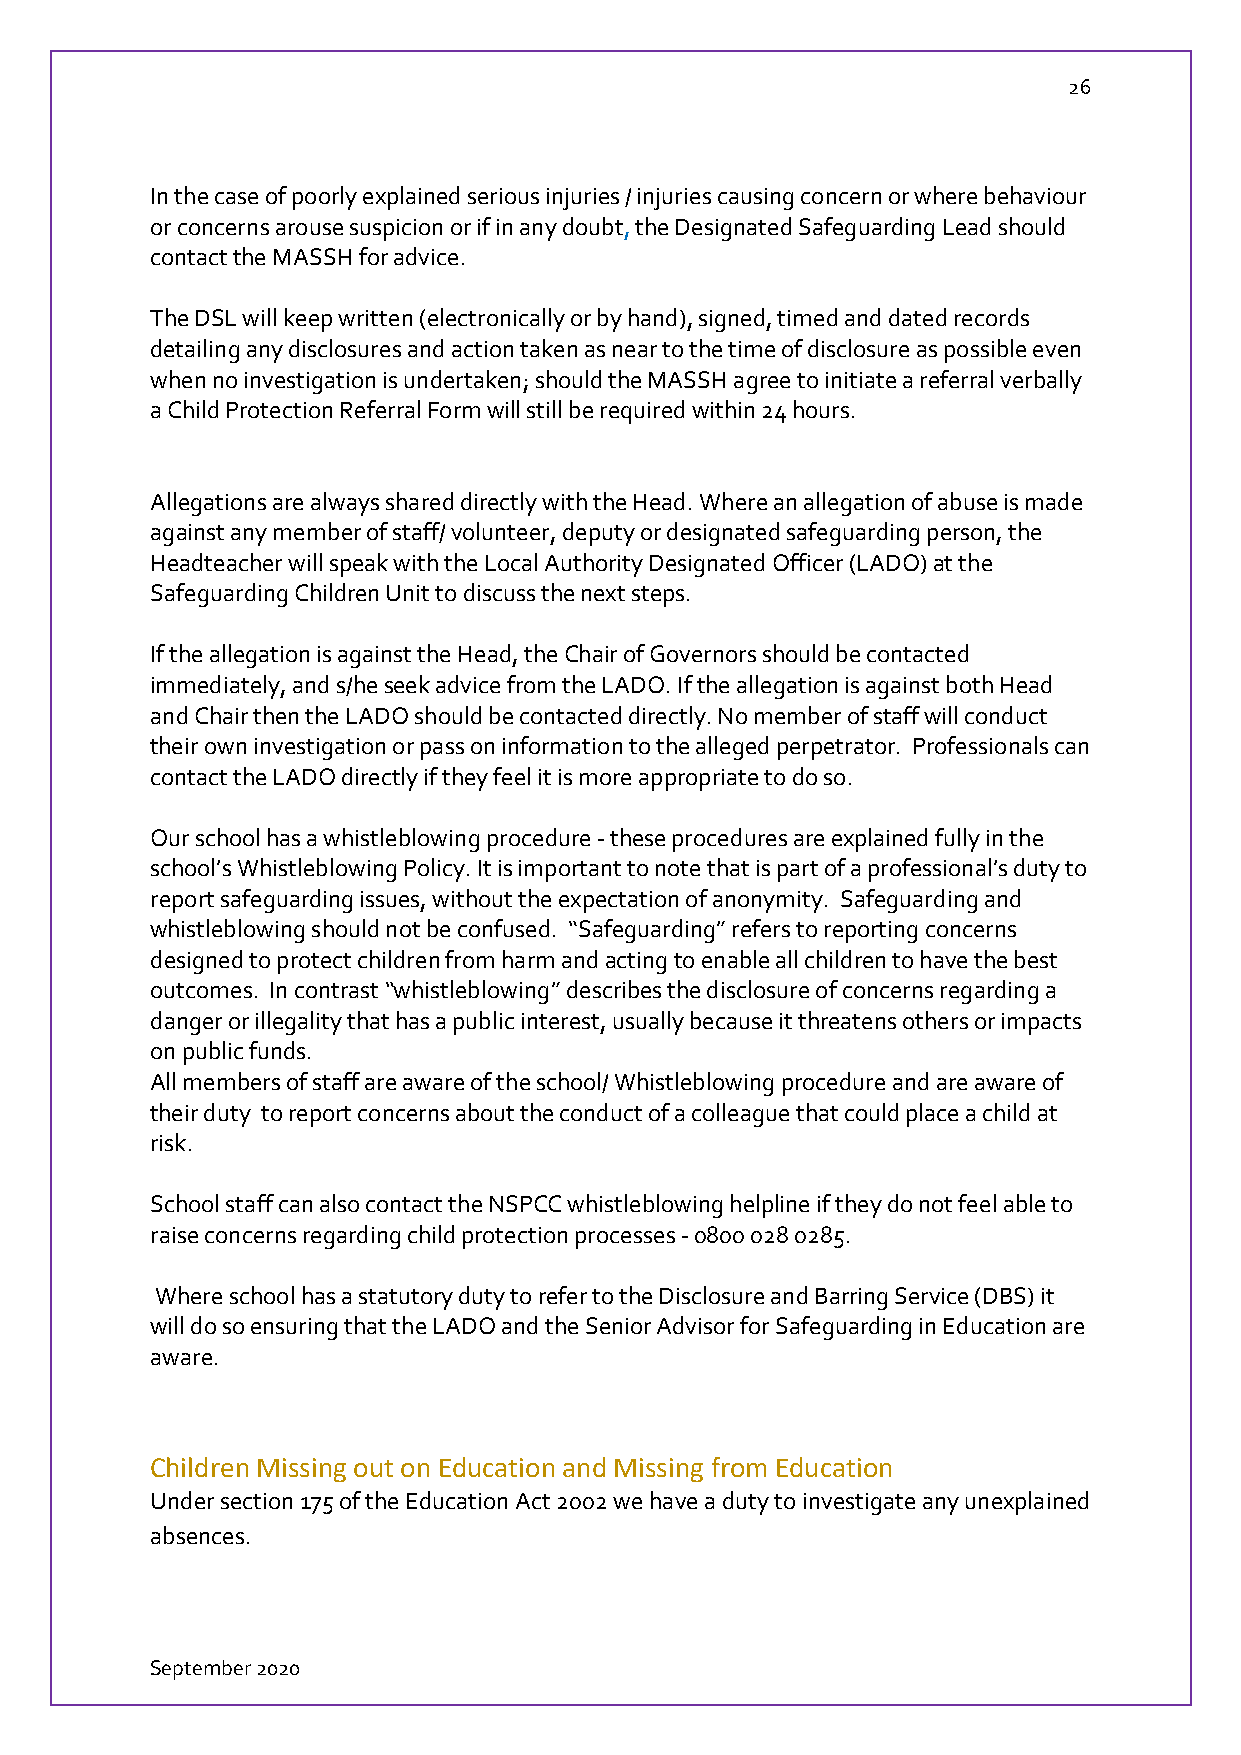
26
 In the case of poorly explained serious injuries / injuries causing concern or where behaviour
 or concerns arouse suspicion or if in any doubt, the Designated Safeguarding Lead should
 contact the MASSH for advice.
 The DSL will keep written (electronically or by hand), signed, timed and dated records
 detailing any disclosures and action taken as near to the time of disclosure as possible even
 when no investigation is undertaken; should the MASSH agree to initiate a referral verbally
 a Child Protection Referral Form will still be required within 24 hours.
 Allegations are always shared directly with the Head. Where an allegation of abuse is made
 against any member of staff/ volunteer, deputy or designated safeguarding person, the
 Headteacher will speak with the Local Authority Designated Officer (LADO) at the
 Safeguarding Children Unit to discuss the next steps.
 If the allegation is against the Head, the Chair of Governors should be contacted
 immediately, and s/he seek advice from the LADO. If the allegation is against both Head
 and Chair then the LADO should be contacted directly. No member of staff will conduct
 their own investigation or pass on information to the alleged perpetrator. Professionals can
 contact the LADO directly if they feel it is more appropriate to do so.
 Our school has a whistleblowing procedure - these procedures are explained fully in the
 school’s Whistleblowing Policy. It is important to note that is part of a professional’s duty to
 report safeguarding issues, without the expectation of anonymity. Safeguarding and
 whistleblowing should not be confused. “Safeguarding” refers to reporting concerns
 designed to protect children from harm and acting to enable all children to have the best
 outcomes. In contrast “whistleblowing” describes the disclosure of concerns regarding a
 danger or illegality that has a public interest, usually because it threatens others or impacts
 on public funds.
 All members of staff are aware of the school/ Whistleblowing procedure and are aware of
 their duty to report concerns about the conduct of a colleague that could place a child at
 risk.
 School staff can also contact the NSPCC whistleblowing helpline if they do not feel able to
 raise concerns regarding child protection processes - 0800 028 0285.
 Where school has a statutory duty to refer to the Disclosure and Barring Service (DBS) it
 will do so ensuring that the LADO and the Senior Advisor for Safeguarding in Education are
 aware.
 Children Missing out on Education and Missing from Education
 Under section 175 of the Education Act 2002 we have a duty to investigate any unexplained
 absences.
 September 2020